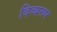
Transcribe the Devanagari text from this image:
दिव्यरूप